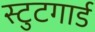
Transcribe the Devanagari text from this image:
स्टुटगार्ड